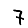
Digit: 7